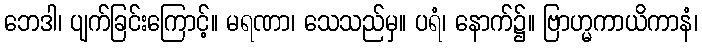
ဘေဒါ၊ ပျက်ခြင်းကြောင့်။ မရဏာ၊ သေသည်မှ။ ပရံ၊ နောက်၌။ ဗြာဟ္မကာယိကာနံ၊